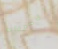
السرداب